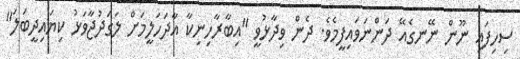
ސިހިފައި ނޫން ނޭނގެއޭ ދަންނަވައިފީމެވެ. ދެން ވިދާޅުވީ "އިބާރާހިނިކާ އާދަހަލީމަށް ލަގަދުޖާވަޅު ކިޔައިދީބަލަ"